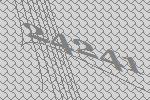
24241